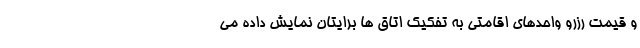
و قیمت رزرو واحدهای اقامتی به تفکیک اتاق ها برایتان نمایش داده می